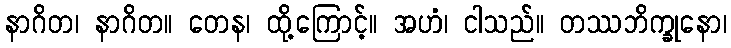
နာဂိတ၊ နာဂိတ။ တေန၊ ထို့ကြောင့်။ အဟံ၊ ငါသည်။ တဿဘိက္ခုနော၊